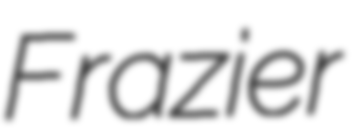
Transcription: Frazier